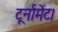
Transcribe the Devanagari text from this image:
टूर्नामेंट।